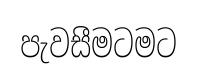
පැවසීමටමට